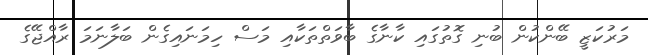
މަރުކަޒީ ބޭންކުން ބުނި ގޮތުގައި ކާނާގެ ބާވަތްތަކާއި މަސް ހިމަނައިގެން ބަލާނަމަ ރާއްޖޭގެ